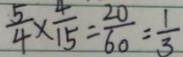
\frac { 5 } { 4 } \times \frac { 4 } { 1 5 } = \frac { 2 0 } { 6 0 } = \frac { 1 } { 3 }